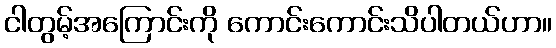
ငါတွမ့်အကြောင်းကို ကောင်းကောင်းသိပါတယ်ဟာ။